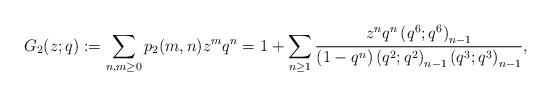
LaTeX: \begin{align*}G_2(z;q) := \sum_{n,m \geq 0} p_2(m,n)z^m q^n =1 + \sum_{n \geq 1} \frac{z^n q^n \left(q^6; q^6\right)_{n-1}}{\left(1-q^n\right)\left(q^2; q^2\right)_{n-1} \left(q^3; q^3\right)_{n-1}},\end{align*}